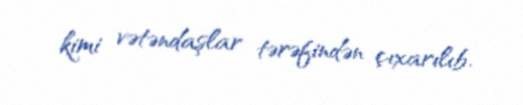
kimi vətəndaşlar tərəfindən çıxarılıb.